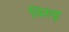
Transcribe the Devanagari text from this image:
विरुढ़